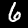
Label: 6